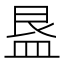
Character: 𭾁